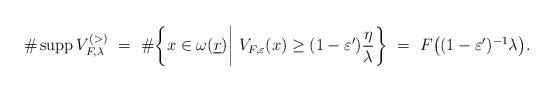
LaTeX: \begin{align*}\#\mathop{\mathrm{supp}}V_{F,\lambda }^{(>)}\ =\ \#\bigg\{x\in \omega ({\underline{r}})\bigg|\ V_{F,\varepsilon }(x)\geq (1-\varepsilon^{\prime })\frac{\eta }{\lambda }\bigg\}\ =\ F\big((1-\varepsilon^{\prime})^{-1}\lambda \big). \end{align*}